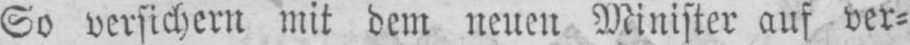
So versichern mit dem neuen Minister auf ver⸗